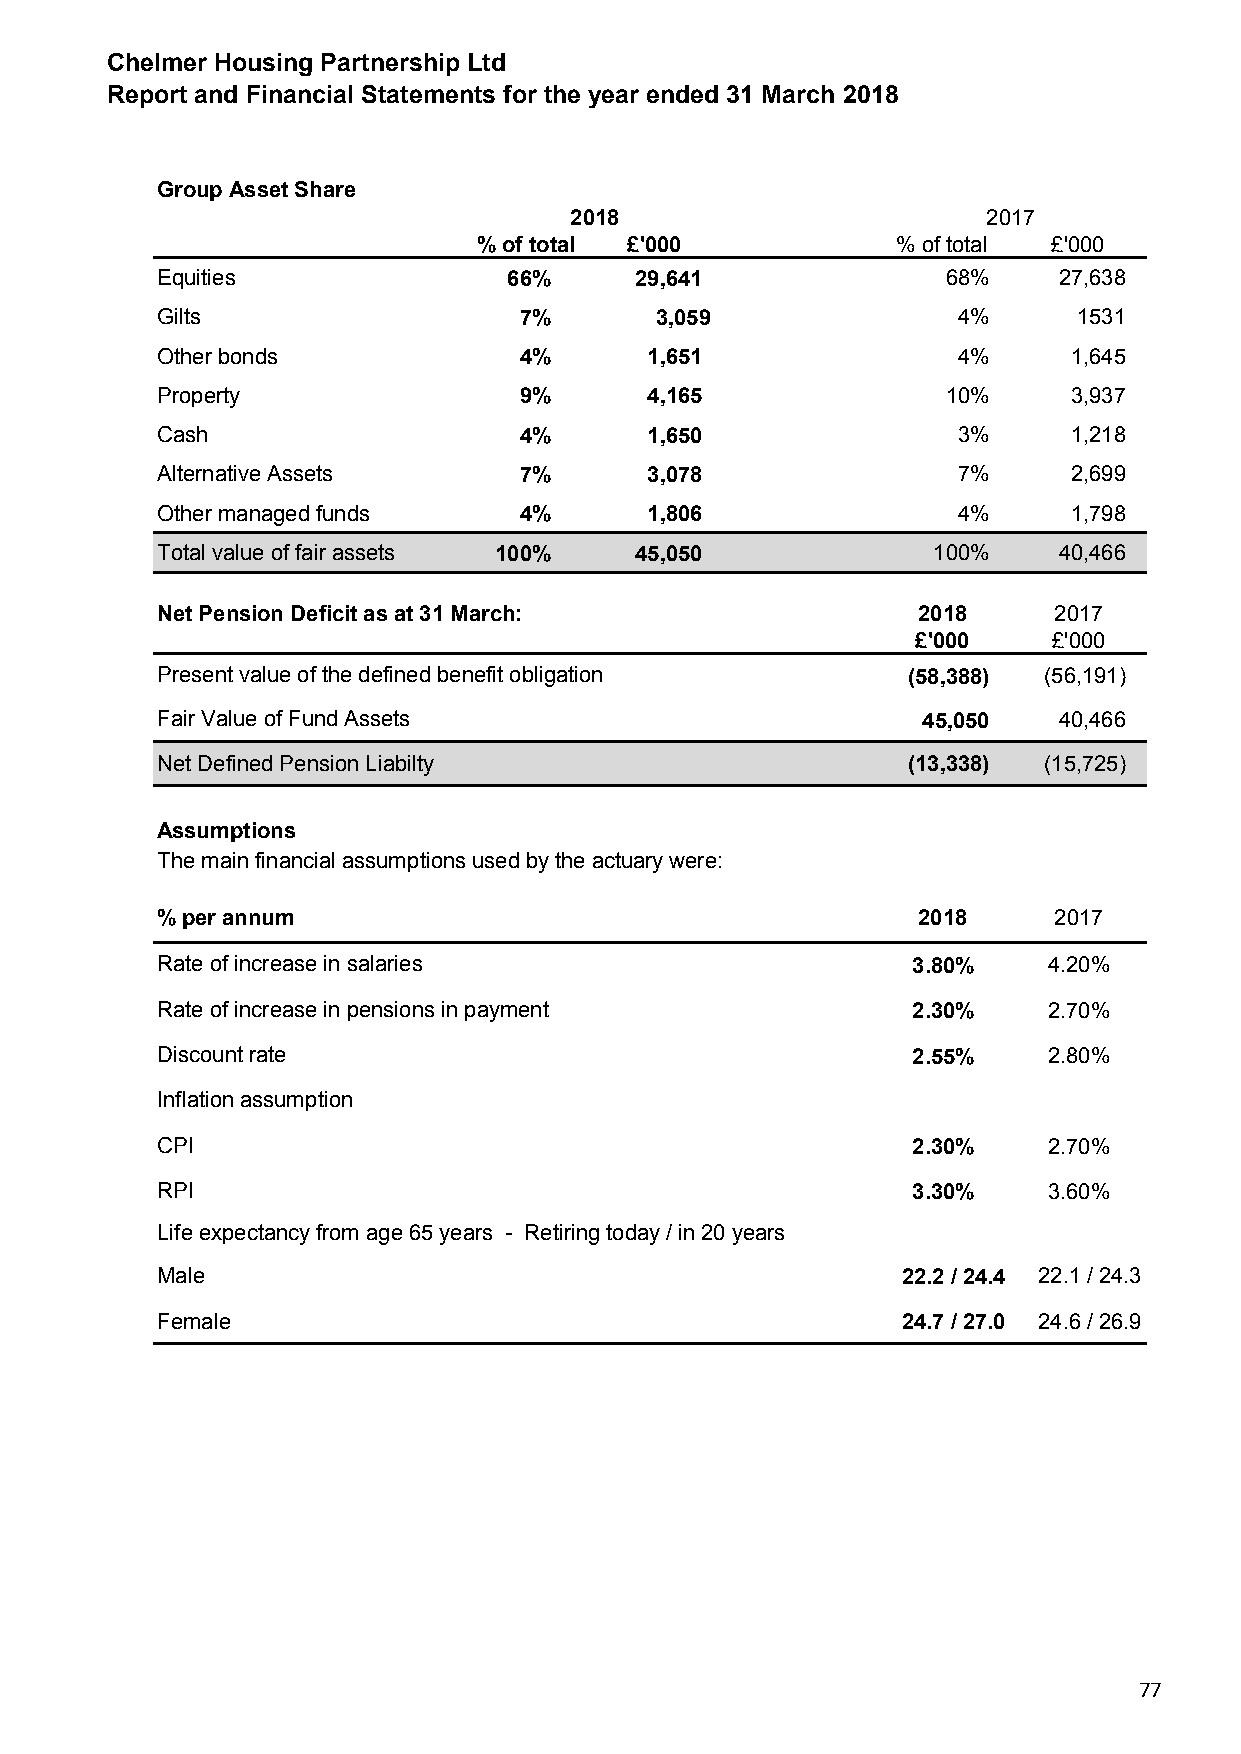
Chelmer Housing Partnership Ltd
 Report and Financial Statements for the year ended 31 March 2018
 Group Asset Share
 2018                       2017
 % of total £'000           % of total £'000
 Equities                66%     29,641               68%    27,638
 Gilts                   7%       3,059               4%      1531
 Other bonds             4%       1,651               4%      1,645
 Property                9%       4,165               10%     3,937
 Cash                    4%       1,650               3%      1,218
 Alternative Assets      7%       3,078               7%      2,699
 Other managed funds     4%       1,806               4%      1,798
 Total value of fair assets 100% 45,050              100%    40,466
 Net Pension Deficit as at 31 March:                2018     2017
 £'000    £'000
 Present value of the defined benefit obligation   (58,388) (56,191)
 Fair Value of Fund Assets                          45,050   40,466
 Net Defined Pension Liabilty                      (13,338) (15,725)
 Assumptions
 The main financial assumptions used by the actuary were:
 % per annum                                        2018     2017
 Rate of increase in salaries                      3.80%    4.20%
 Rate of increase in pensions in payment           2.30%    2.70%
 Discount rate                                     2.55%    2.80%
 Inflation assumption
 CPI                                               2.30%    2.70%
 RPI                                               3.30%    3.60%
 Life expectancy from age 65 years - Retiring today / in 20 years
 Male                                              22.2 / 24.4 22.1 / 24.3
 Female                                            24.7 / 27.0 24.6 / 26.9
 77